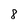
Character: 8